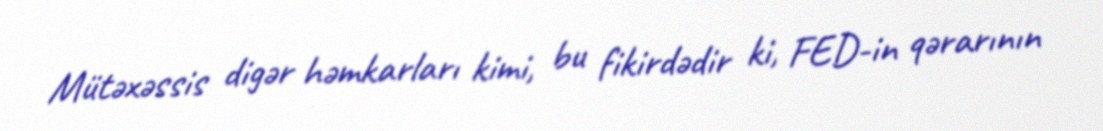
Mütəxəssis digər həmkarları kimi, bu fikirdədir ki, FED-in qərarının